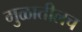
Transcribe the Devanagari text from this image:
मुळातीलच